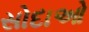
સોદાઓ